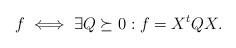
LaTeX: \begin{align*}f \iff \exists Q \succeq 0: f=X^t Q X.\end{align*}